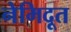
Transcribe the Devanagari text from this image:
नेमिदूत